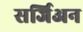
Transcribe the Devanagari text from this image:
सर्जिअन